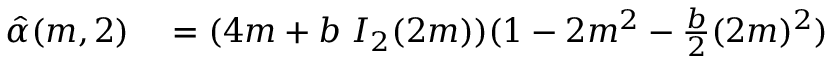
\begin{array} { r l } { \hat { \alpha } ( m , 2 ) } & { { } = ( 4 m + b \; I _ { 2 } ( 2 m ) ) ( 1 - 2 m ^ { 2 } - \frac { b } { 2 } ( 2 m ) ^ { 2 } ) } \end{array}